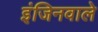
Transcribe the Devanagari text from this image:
इंजिनवाले